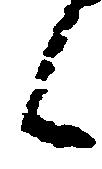
候